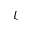
\mathcal { L }